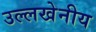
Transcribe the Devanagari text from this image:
उल्‍लखेनीय